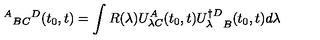
\ { ^ A } { _ B } { _ C } { ^ D } ( t _ { 0 } , t ) = \int R ( \lambda ) U _ { \lambda C } ^ { A } ( t _ { 0 } , t ) { U _ { \lambda } ^ { \dagger D } } _ { B } ( t _ { 0 } , t ) d \lambda